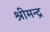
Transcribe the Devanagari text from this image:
श्रीमन्द्र